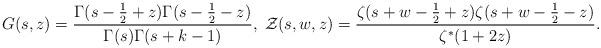
LaTeX: \begin{align*} G(s, z) = \frac{\Gamma(s - \tfrac{1}{2} + z)\Gamma(s - \tfrac{1}{2} - z)}{\Gamma(s)\Gamma(s+k-1)}, \; \mathcal{Z}(s,w,z) = \frac{\zeta(s + w -\frac{1}{2} + z)\zeta(s + w -\frac{1}{2} - z)}{\zeta^*(1+2z)}.\end{align*}